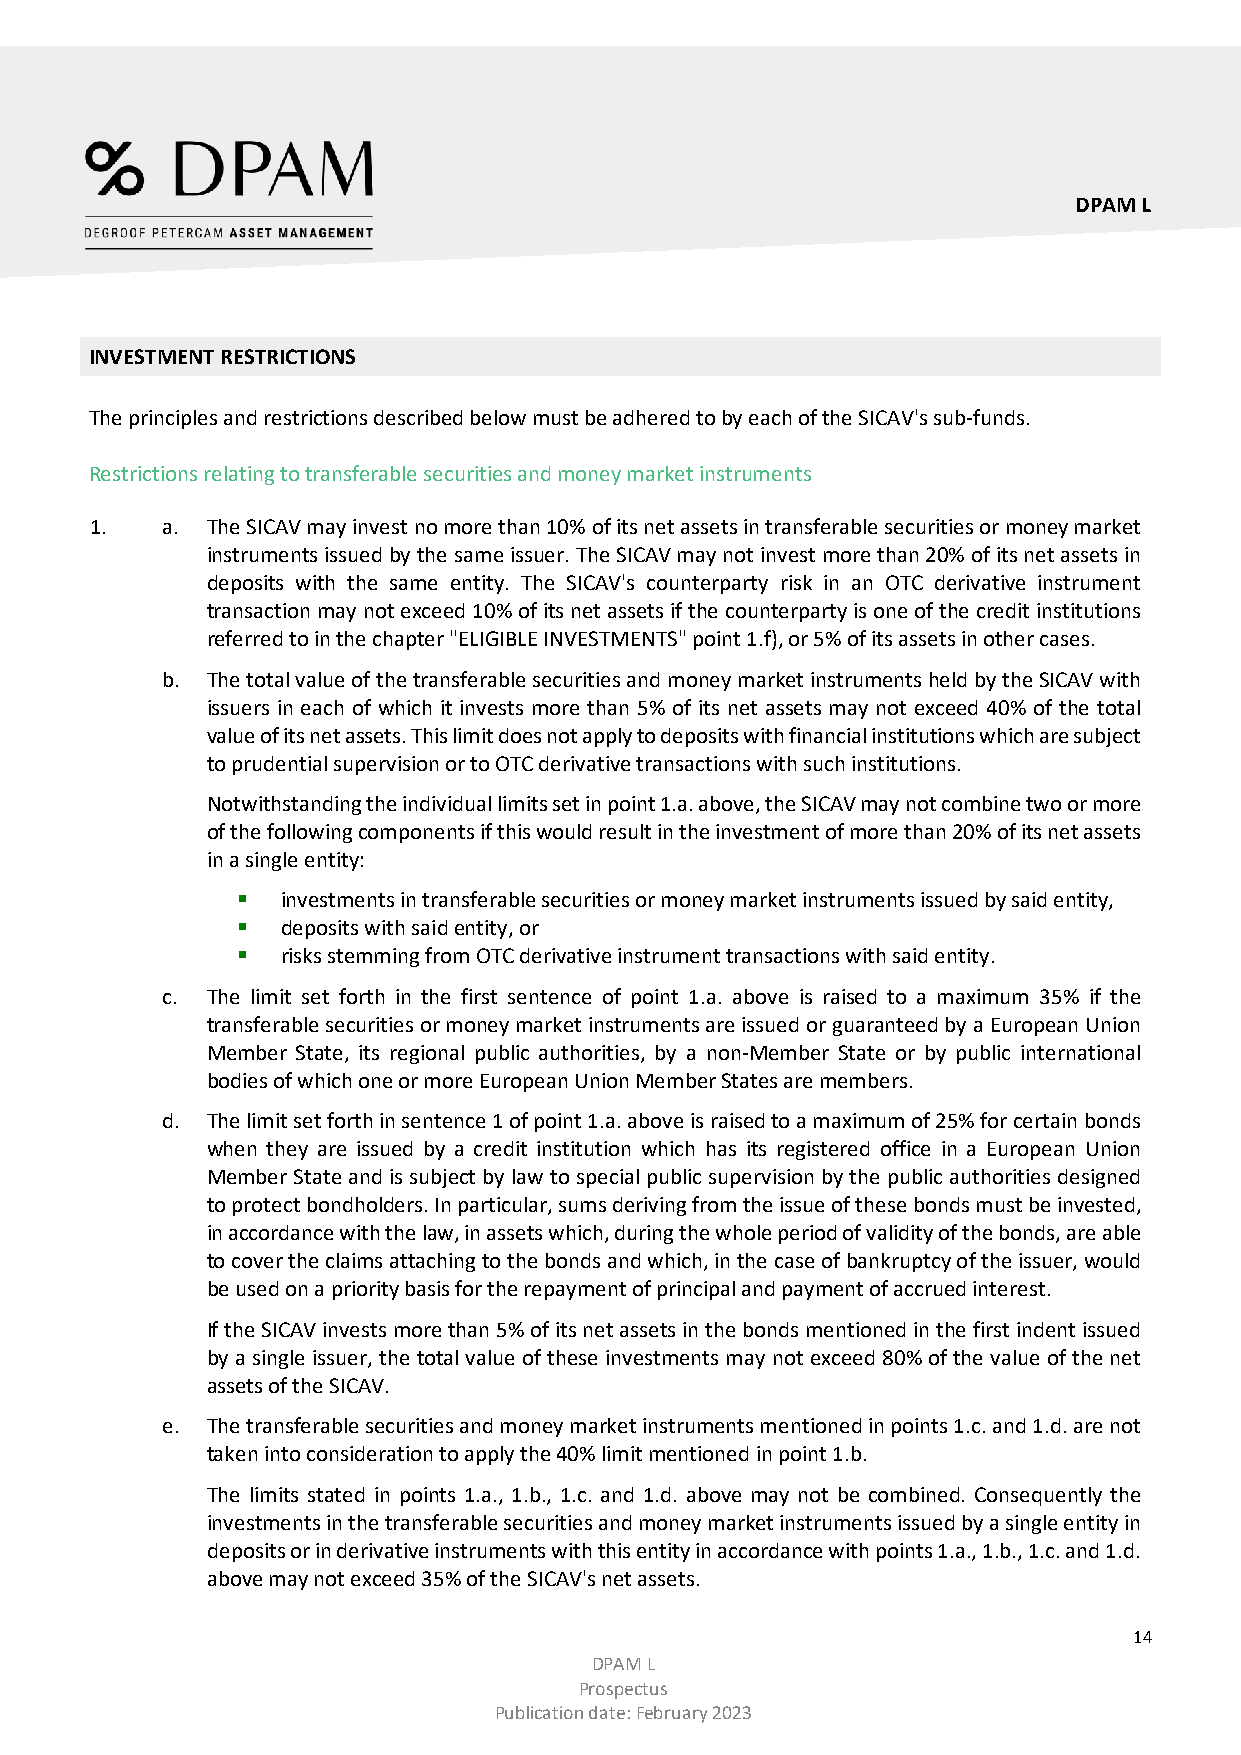
DPAM L
 INVESTMENT RESTRICTIONS
 The principles and restrictions described below must be adhered to by each of the SICAV's sub-funds.
 Restrictions relating to transferable securities and money market instruments
 1.   a. The SICAV may invest no more than 10% of its net assets in transferable securities or money market
 instruments issued by the same issuer. The SICAV may not invest more than 20% of its net assets in
 deposits with the same entity. The SICAV's counterparty risk in an OTC derivative instrument
 transaction may not exceed 10% of its net assets if the counterparty is one of the credit institutions
 referred to in the chapter "ELIGIBLE INVESTMENTS" point 1.f), or 5% of its assets in other cases.
 b . The total value of the transferable securities and money market instruments held by the SICAV with
 issuers in each of which it invests more than 5% of its net assets may not exceed 40% of the total
 value of its net assets. This limit does not apply to deposits with financial institutions which are subject
 to prudential supervision or to OTC derivative transactions with such institutions.
 Notwithstanding the individual limits set in point 1.a. above, the SICAV may not combine two or more
 of the following components if this would result in the investment of more than 20% of its net assets
 in a single entity:
   investments in transferable securities or money market instruments issued by said entity,
   deposits with said entity, or
   risks stemming from OTC derivative instrument transactions with said entity.
 c . The limit set forth in the first sentence of point 1.a. above is raised to a maximum 35% if the
 transferable securities or money market instruments are issued or guaranteed by a European Union
 Member State, its regional public authorities, by a non-Member State or by public international
 bodies of which one or more European Union Member States are members.
 d . The limit set forth in sentence 1 of point 1.a. above is raised to a maximum of 25% for certain bonds
 when they are issued by a credit institution which has its registered office in a European Union
 Member State and is subject by law to special public supervision by the public authorities designed
 to protect bondholders. In particular, sums deriving from the issue of these bonds must be invested,
 in accordance with the law, in assets which, during the whole period of validity of the bonds, are able
 to cover the claims attaching to the bonds and which, in the case of bankruptcy of the issuer, would
 be used on a priority basis for the repayment of principal and payment of accrued interest.
 If the SICAV invests more than 5% of its net assets in the bonds mentioned in the first indent issued
 by a single issuer, the total value of these investments may not exceed 80% of the value of the net
 assets of the SICAV.
 e . The transferable securities and money market instruments mentioned in points 1.c. and 1.d. are not
 taken into consideration to apply the 40% limit mentioned in point 1.b.
 The limits stated in points 1.a., 1.b., 1.c. and 1.d. above may not be combined. Consequently the
 investments in the transferable securities and money market instruments issued by a single entity in
 deposits or in derivative instruments with this entity in accordance with points 1.a., 1.b., 1.c. and 1.d.
 above may not exceed 35% of the SICAV's net assets.
 14
 DPAM L
 Prospectus
 Publication date: February 2023